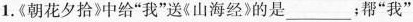
1.《朝花夕拾》中给”我”送《山海经》的是___；帮”我”